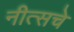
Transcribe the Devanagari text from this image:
नीत्सचे